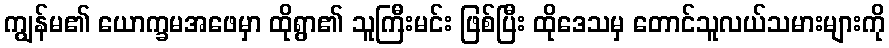
ကျွန်မ၏ ယောက္ခမအဖေမှာ ထိုရွာ၏ သူကြီးမင်း ဖြစ်ပြီး ထိုဒေသမှ တောင်သူလယ်သမားများကို